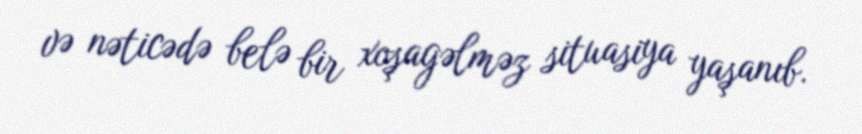
və nəticədə belə bir xoşagəlməz situasiya yaşanıb.